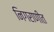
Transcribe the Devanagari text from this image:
निगराणीत